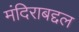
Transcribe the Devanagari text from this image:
मंदिराबद्दल